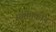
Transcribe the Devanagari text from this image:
संगीतफोन